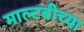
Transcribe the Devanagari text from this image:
माल्टबीच्या